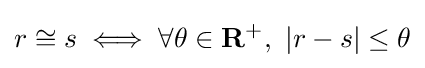
r\cong s\iff \forall \theta \in \mathbf {R} ^{+},\ |r-s|\leq \theta